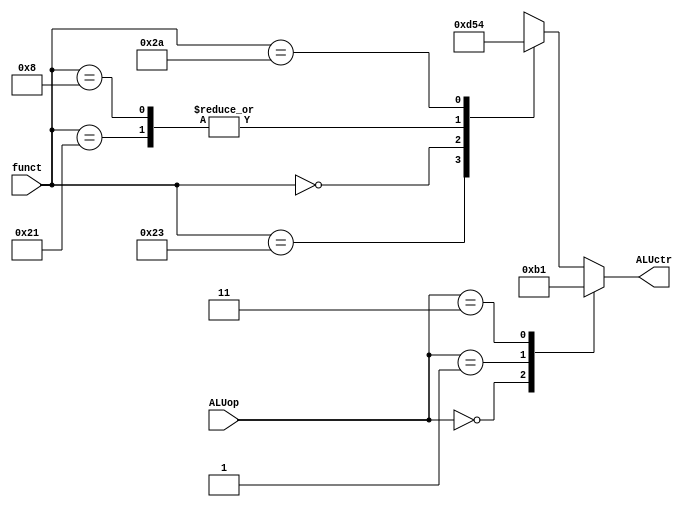
`timescale 1ns / 1ps
//////////////////////////////////////////////////////////////////////////////////
// Company: 
// Engineer: 
// 
// Design Name: 
// Module Name:    aludec 
// Project Name: 
// Target Devices: 
// Tool versions: 
// Description: 
//
// Dependencies: 
//
// Revision: 
// Revision 0.01 - File Created
// Additional Comments: 
//
//////////////////////////////////////////////////////////////////////////////////
`define AND 3'b000
`define OR  3'b001
`define ADD 3'b010
`define XOR 3'b011
`define SLT 3'b100
`define SLL 3'b101
`define SUB 3'b110

`define ADDU_F 6'b100001
`define SUBU_F 6'b100011
`define SLT_F  6'b101010
`define SLL_F  6'b000000
`define JR_F   6'b001000

module aludec(
	 input [5:0] funct,
    input [1:0] ALUop,
    output [2:0] ALUctr
    );
	reg [2:0] ctr;
	assign ALUctr = ctr;
	
	always @*
		case(ALUop)
		2'b00: ctr <= `ADD;
		2'b01: ctr <= `SUB;
		2'b11: ctr <= `OR;
		default: case(funct)
			`ADDU_F: ctr <= `ADD; //ADDU;
			`SUBU_F: ctr <= `SUB; //SUBU;
			`SLL_F : ctr <= `SLL; //SLL;
			`JR_F  : ctr <= `ADD; //JR;
			`SLT_F : ctr <= `SLT; //SLT;
			default:  ctr <= 3'bxxx; 
		 endcase
	  endcase

endmodule